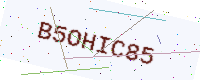
Text: B5OHIC85